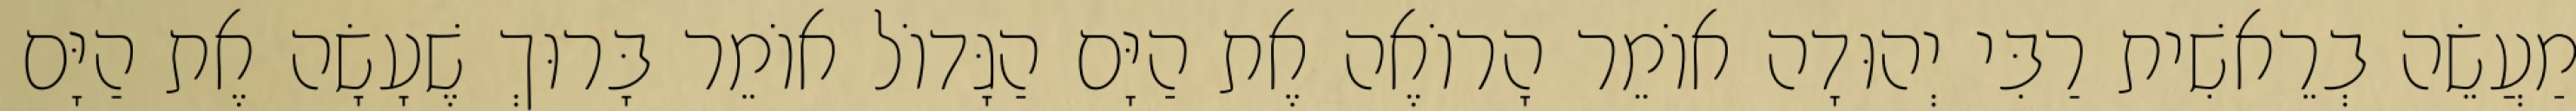
מַעֲשֵׂה בְרֵאשִׁית רַבִּי יְהוּדָה אוֹמֵר הָרוֹאֶה אֶת הַיָּם הַגָּדוֹל אוֹמֵר בָּרוּךְ שֶׁעָשָׂה אֶת הַיָּם